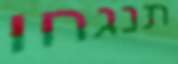
תנגחו